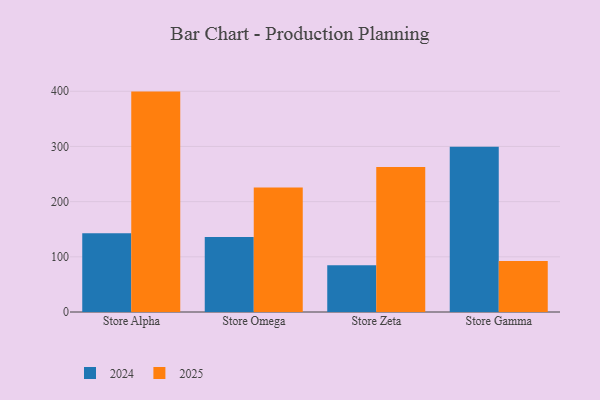
{"axis": {"x": "Store", "y": "Gross Profit (USD K)"}, "legend": ["2024", "2025"], "data": [{"x": "Store Alpha", "y": 142.5, "type": "2024"}, {"x": "Store Alpha", "y": 399.4, "type": "2025"}, {"x": "Store Omega", "y": 136.1, "type": "2024"}, {"x": "Store Omega", "y": 225.7, "type": "2025"}, {"x": "Store Zeta", "y": 84.8, "type": "2024"}, {"x": "Store Zeta", "y": 262.6, "type": "2025"}, {"x": "Store Gamma", "y": 299.3, "type": "2024"}, {"x": "Store Gamma", "y": 92.2, "type": "2025"}]}